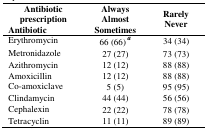
<table><thead><tr><td><b>Antibiotic prescription Antibiotic</b></td><td><b>Always Almost Sometimes</b></td><td><b>Rarely Never</b></td></tr></thead><tbody><tr><td>Erythromycin</td><td>66 (66)<sup> a</sup></td><td>34 (34)</td></tr><tr><td>Metronidazole</td><td>27 (27)</td><td>73 (73)</td></tr><tr><td>Azithromycin</td><td>12 (12)</td><td>88 (88)</td></tr><tr><td>Amoxicillin</td><td>12 (12)</td><td>88 (88)</td></tr><tr><td>Co-amoxiclave</td><td>5 (5)</td><td>95 (95)</td></tr><tr><td>Clindamycin</td><td>44 (44)</td><td>56 (56)</td></tr><tr><td>Cephalexin</td><td>22 (22)</td><td>78 (78)</td></tr></tbody></table>